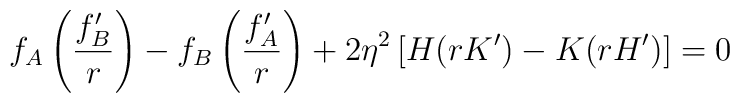
f_A\left(\frac{f_B^{\prime}}{r}\right)-f_B\left(\frac{f_A^{\prime}}{r}\right)+2\eta^2\left[H(r K^{\prime})-K(r H^{\prime})\right] = 0